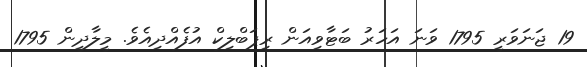
19 ޖަނަވަރީ 1795 ވަނަ އަހަރު ބަޓާވިއަން ރިޕަބްލިކް އުފެއްދިއެވެ. މީލާދީން 1795